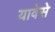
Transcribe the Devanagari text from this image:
यावेसे